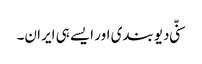
سنّی دیوبندی اور ایسے ہی ایران۔